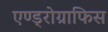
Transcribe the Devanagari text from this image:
एण्ड्रोग्राफिस